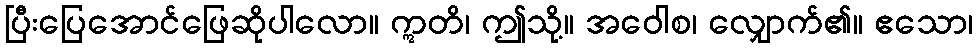
ပြီးပြေအောင်ဖြေဆိုပါလော။ ဣတိ၊ ဤသို့။ အဝေါစ၊ လျှောက်၏။ ဧသော၊